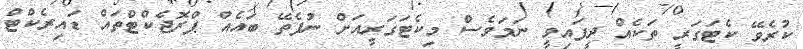
ކުރެވޭ ކެޓަގަރީ ތަކެއް ދީފައިވީ ނަމަވެސް މިކެޓަގަރީއަށް ނުފެތޭ ބައެއް ޕްރޮޖެކްޓްތައް ޑައިރެކްޓް